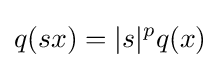
q(sx)=|s|^{p}q(x)